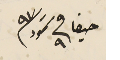
حيفا فى ٩ تموز ٩٧